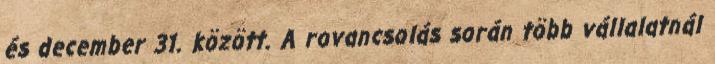
és december 31. között. A rovancsolás során több vállalatnál